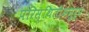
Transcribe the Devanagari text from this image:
परिस्थितीअनुरुप